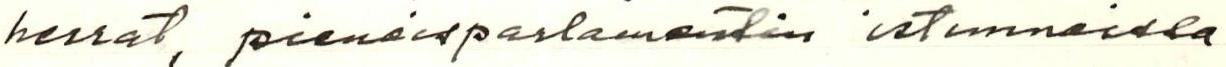
herrat, pienoisparlamentin istunnoissa